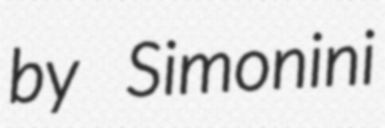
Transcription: by Simonini